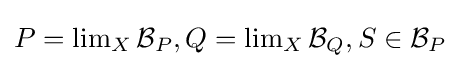
P=\operatorname {lim} _{X}{\mathcal {B}}_{P},Q=\operatorname {lim} _{X}{\mathcal {B}}_{Q},S\in {\mathcal {B}}_{P}